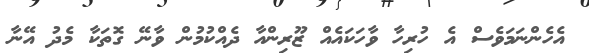
އެހެންނަމަވެސް އެ ހުރިހާ ވާހަކައެއް ޒޫރިންއާ ދެއްކުމުން ވާނޭ ގޮތަކާ މެދު އޭނާ